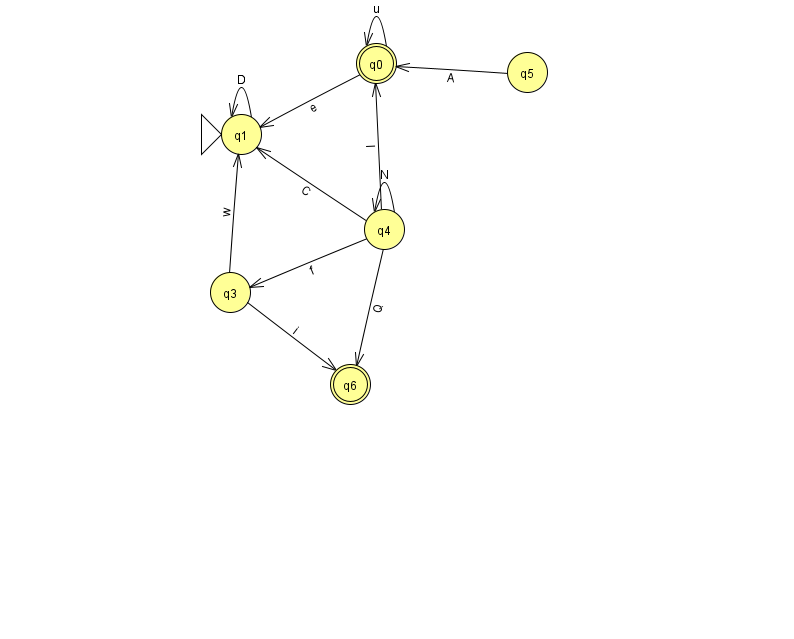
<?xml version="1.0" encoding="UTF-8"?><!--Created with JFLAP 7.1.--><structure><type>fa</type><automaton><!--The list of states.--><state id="0" name="q0"><x>376.0</x><y>50.0</y><final/></state><state id="1" name="q1"><x>241.0</x><y>121.0</y><initial/></state><state id="3" name="q3"><x>230.0</x><y>279.0</y></state><state id="4" name="q4"><x>384.0</x><y>216.0</y></state><state id="5" name="q5"><x>527.0</x><y>59.0</y></state><state id="6" name="q6"><x>350.0</x><y>371.0</y><final/></state><!--The list of transitions.--><transition><from>3</from><to>6</to><read>i</read></transition><transition><from>4</from><to>3</to><read>f</read></transition><transition><from>1</from><to>1</to><read>D</read></transition><transition><from>0</from><to>0</to><read>u</read></transition><transition><from>0</from><to>1</to><read>e</read></transition><transition><from>4</from><to>0</to><read>I</read></transition><transition><from>5</from><to>0</to><read>A</read></transition><transition><from>4</from><to>6</to><read>Q</read></transition><transition><from>3</from><to>1</to><read>w</read></transition><transition><from>4</from><to>1</to><read>C</read></transition><transition><from>4</from><to>4</to><read>N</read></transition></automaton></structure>